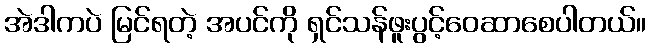
အဲဒါကပဲ မြင်ရတဲ့ အပင်ကို ရှင်သန်ဖူးပွင့်ဝေဆာစေပါတယ်။